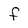
Character: f